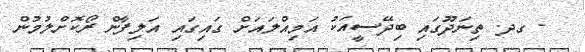
- ގދ. ތިނަދޫގައި ބިދޭސީއަކު އަމިއްލައަށް ގައިގައި އަލިފާން ރޯކޮށްލުމުން